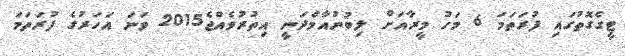
ޓީގެގޮތުގައި ފުރަތަމަ 6 މަހު މީރާއަށް ލިބުނުއާމްދަނީ އިތުރުވެއްޖެ2015 ވަނަ އަހަރުގެ ފުރަތަމަ